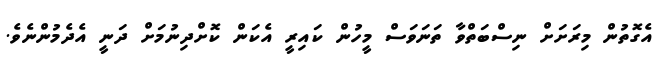
އެގޮތުން މިރަށަށް ނިސްބަތްވާ ތަނަވަސް މީހުން ކައިރީ އެކަން ކޮށްދިނުމަށް ދަނީ އެދެމުންނެވެ.